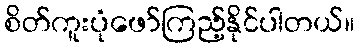
စိတ်ကူးပုံဖော်ကြည့်နိုင်ပါတယ်။